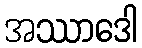
အဿာဒေါ